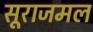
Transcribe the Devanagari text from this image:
सूराजमल